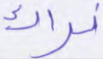
نراك